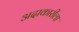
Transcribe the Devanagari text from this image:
अदाकारीला